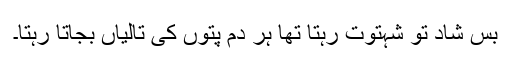
بس شاد تو شہتوت رہتا تھا ہر دم پتوں کی تالیاں بجاتا رہتا۔